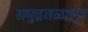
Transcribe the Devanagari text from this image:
समुद्रतळातून